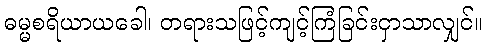
ဓမ္မစရိယာယခေါ၊ တရားသဖြင့်ကျင့်ကြံခြင်းငှာသာလျှင်။